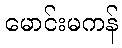
မောင်းမကန်